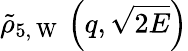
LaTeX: \tilde{\rho}_{5,\mathrm{~W~}}\left(q,\sqrt{2E}\right)